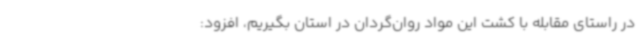
در راستای مقابله با کشت این مواد روان‌گردان در استان بگیریم، افزود: